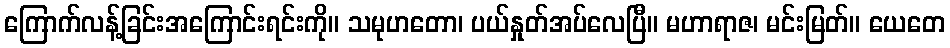
ကြောက်လန့်ခြင်းအကြောင်းရင်းကို။ သမုဟတော၊ ပယ်နှုတ်အပ်လေပြီ။ မဟာရာဇ၊ မင်းမြတ်။ ယေတေ